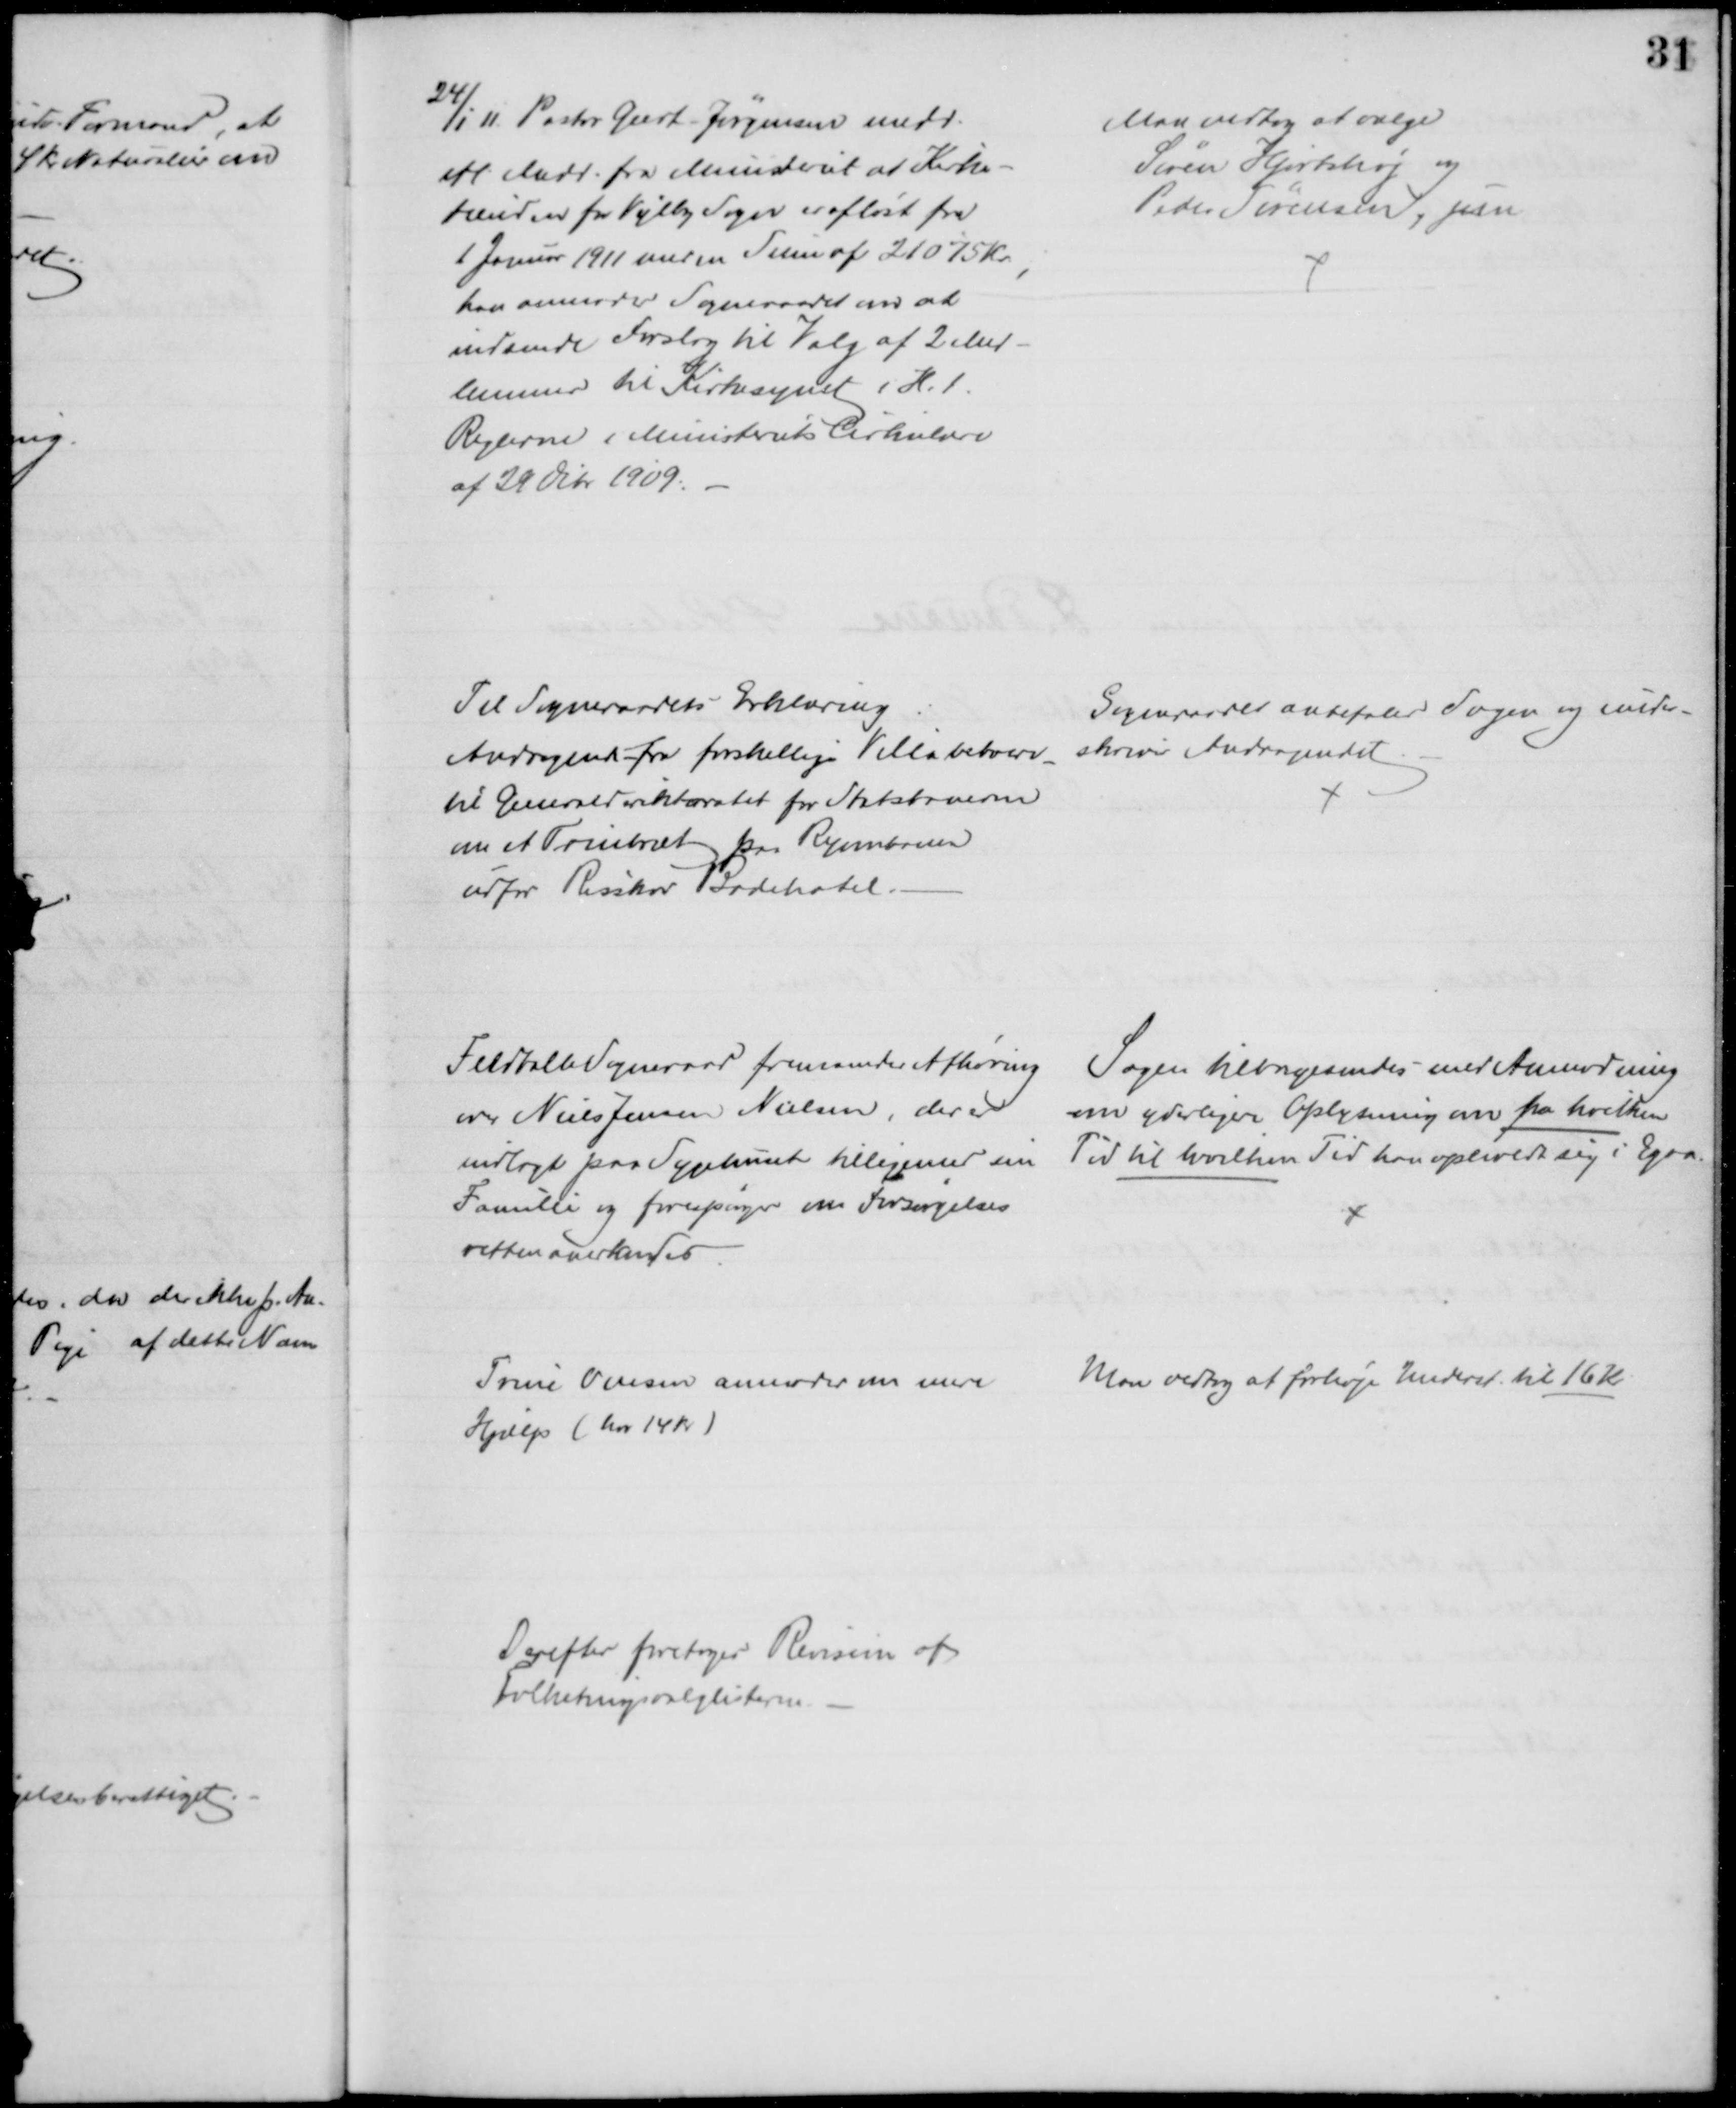
Transskription:
24/1 11. Pastor Geert-Jørgensen medd.
efl Medd. fra Ministeriet at Kirke-
tienden for Vejlby Sogn er afløst fra
1 Januar 1911 med en Sum af 21075 Kr,
han anmoder Sogneraadet om at
indsende Forslag til Valg af 2 Med-
lemmer til Kirkesynet i H. t.
Reglerne i Ministeriets Cirkulære
af 29 Ocbr 1909:
Man vedtog at vælge
Søren Hjortshøj og
Peder Sørensen, jun
Til Sogneraadets Erklæring
Andragende fra forskellige Villabeboere
til Generaldirektoratet for Statsbanerne
om et Trinbræt paa Ryombanen
udfor Risskov Badehotel.
Sogneraadet anbefaler Sagen og under-
skriver Andragendet
Feldballe Sogneraad fremsender Afhøring
over Niels Jensen Nielsen, der er
indlagt paa Sygehuset tilligemed sin 
Familie og forespørger om Forsørgelses
retten anerkendes
Sagen tilbagesendes med Anmodning
om yderligere Oplysning om fra hvilken
Tid til hvilken Tid han opholdt sig i Egaa.
Trine Ovesen anmoder om mere
Hjælp (har 14 Kr.)
Man vedtog at forhøje Underst. til 16 Kr.
Derefter foretoges Revision af
Folketingsvalglisterne.